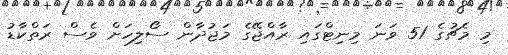
މި މެޗުގެ 51 ވަނަ މިނިޓްގައި ރާއްޖޭގެ މަޖުދާން ސޯލިހަށް ވެސް ރަތްކާޑު